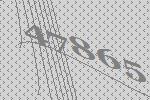
47865